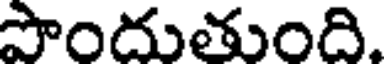
పొందుతుంది.